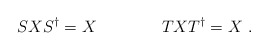
\begin{align*}S X S^{\dagger} = X \qquad \qquad T X T^{\dagger} = X \ . \end{align*}